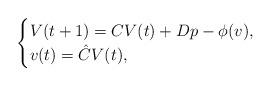
LaTeX: \begin{align*} \begin{cases} V(t+1) = CV(t) + Dp - \phi(v), \\v(t) = \hat CV(t), \end{cases} \end{align*}